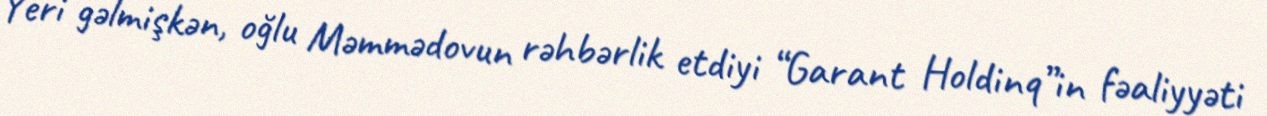
Yeri gəlmişkən, oğlu Məmmədovun rəhbərlik etdiyi “Garant Holdinq”in fəaliyyəti